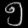
Digit: ၅